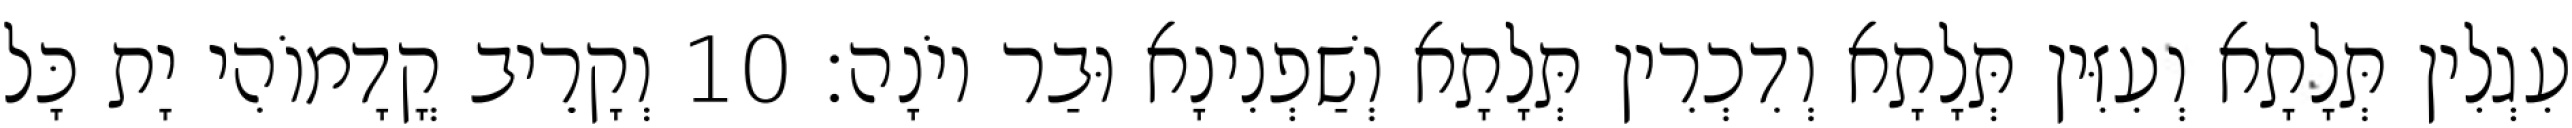
עִגְלִין תְּלָתָא וְעִזִּין תְּלָתָא וְדִכְרִין תְּלָתָא וְשַׁפְנִינָא וּבַר יוֹנָה׃ 10 וְקָרֵיב קֳדָמוֹהִי יָת כָּל